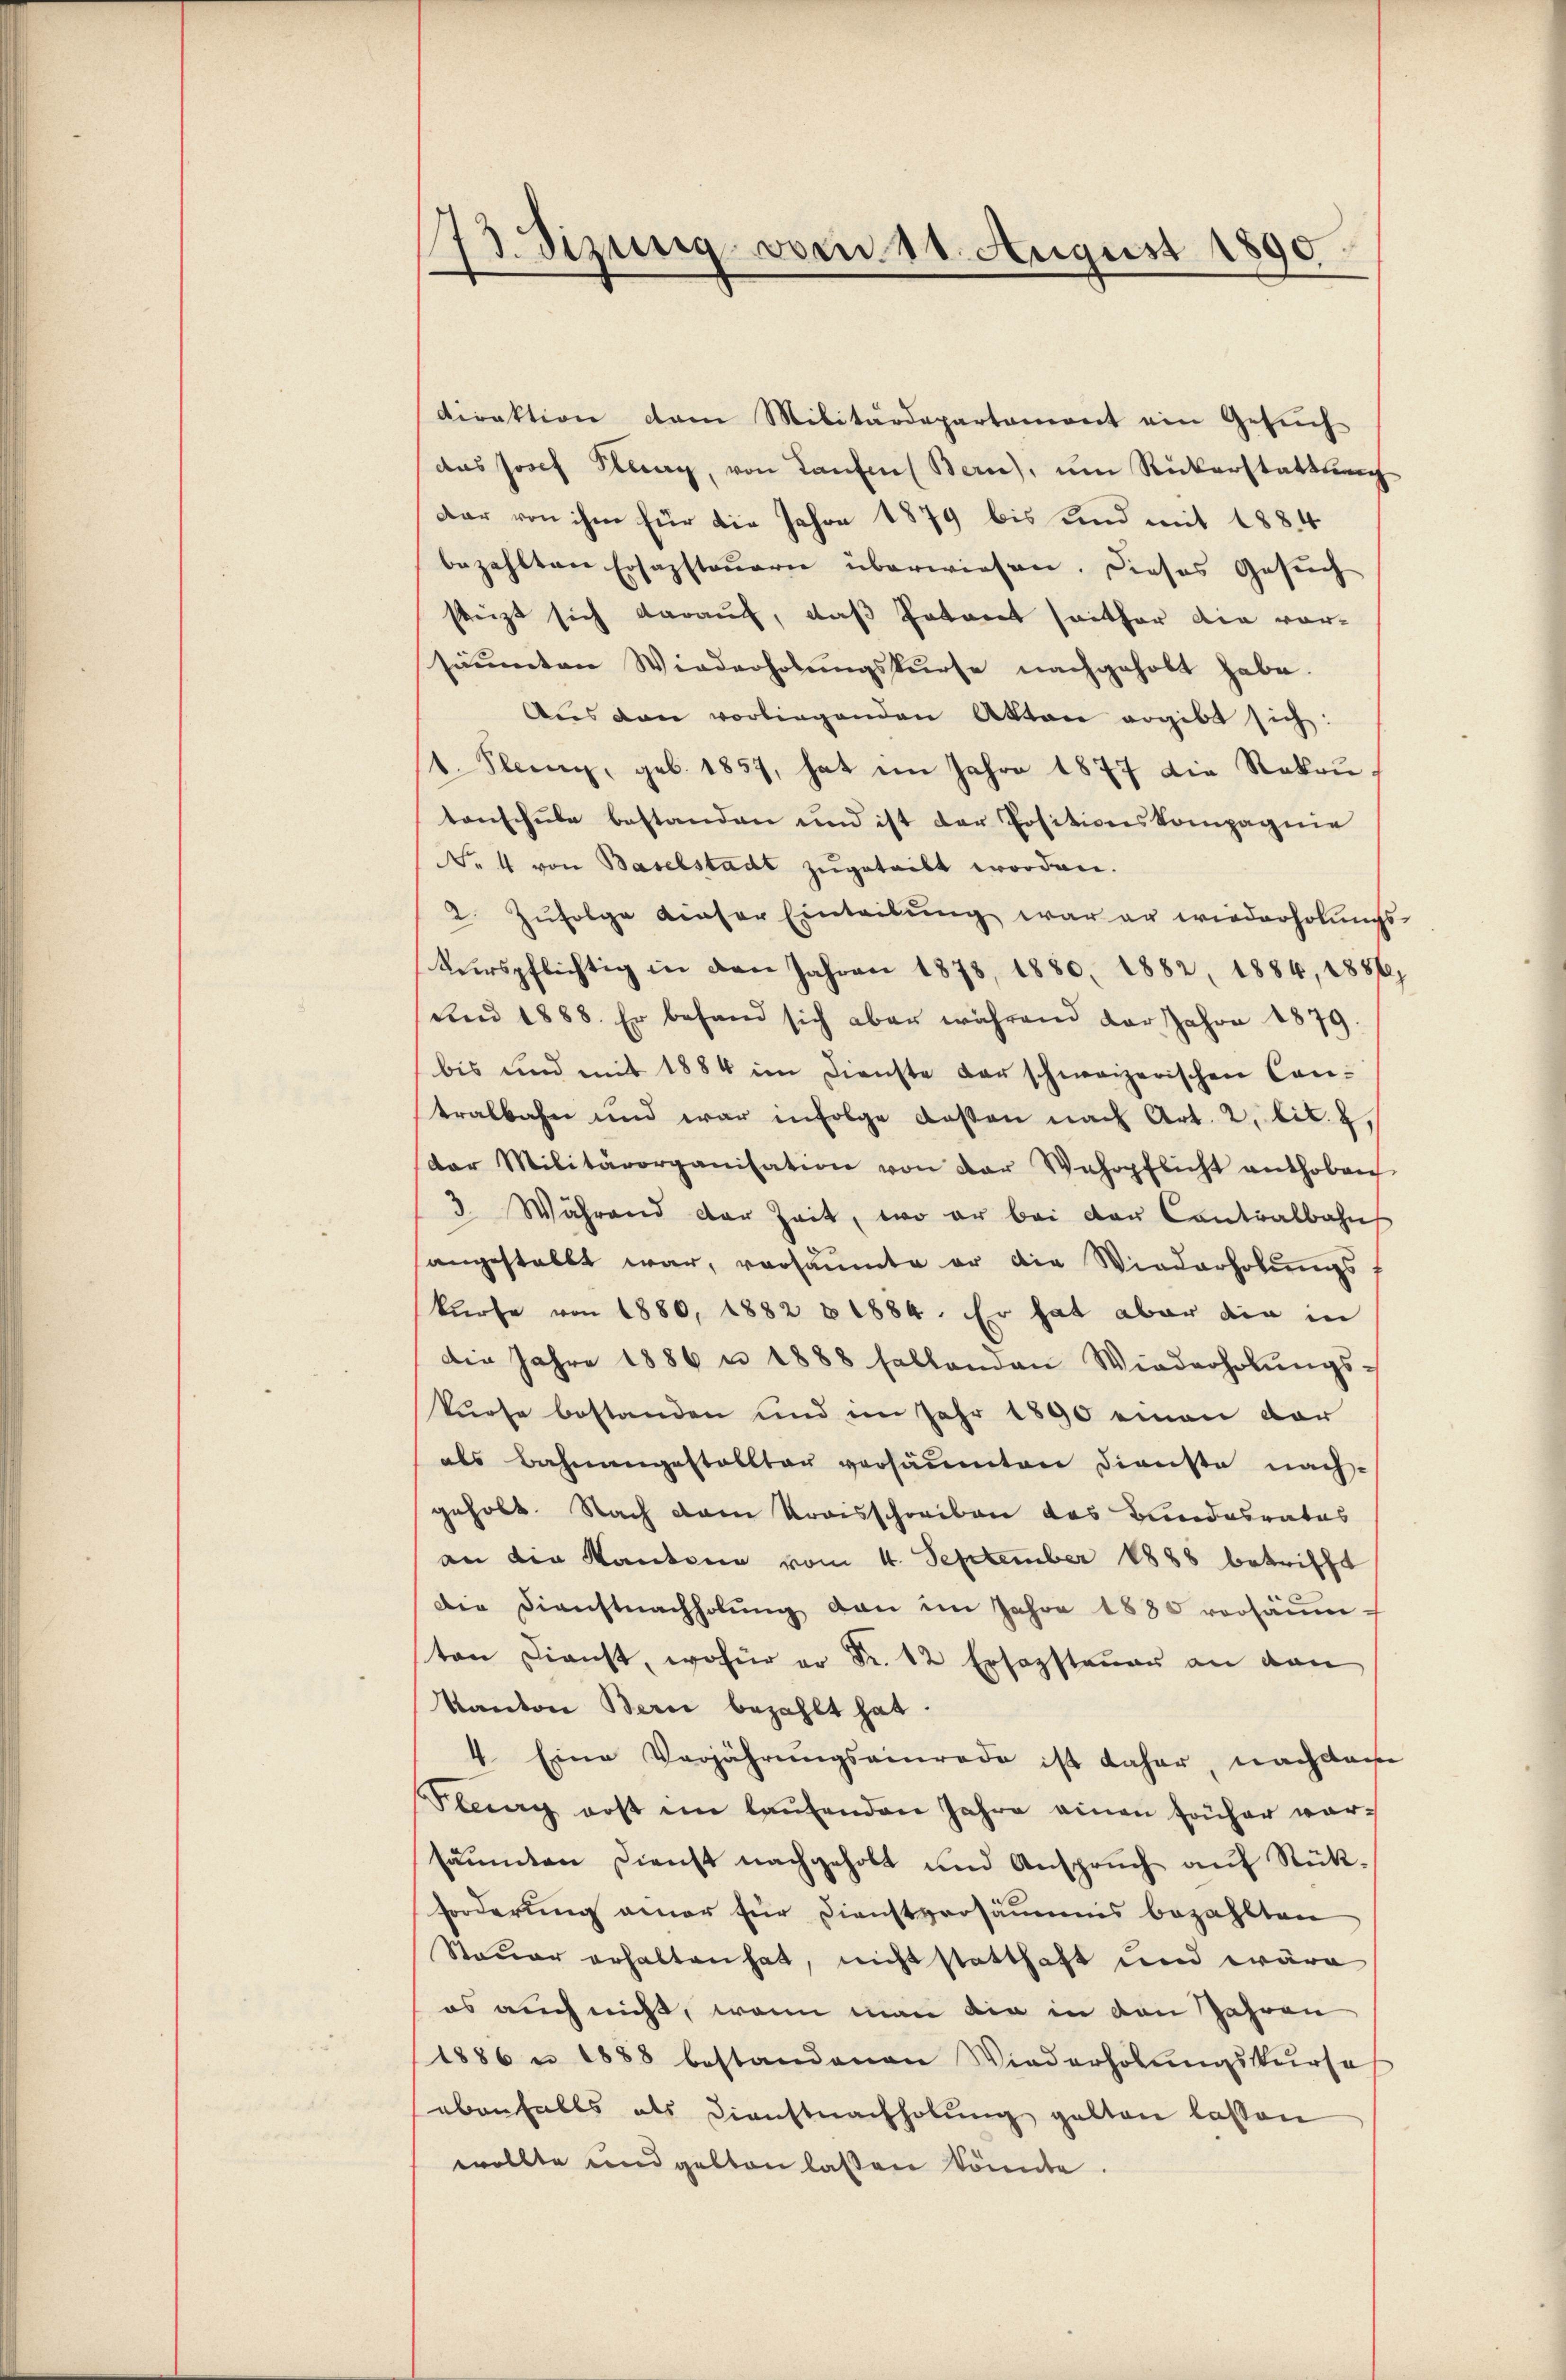
.
73. Dizung vom 11. August 1890.

direktion dem Militärdepartemont ein Gesuch
das Josef Klung, von Laufen Bern), ŭm Rükerstattach
Dar von ihm für die Jahre 1879 bis und mit 1884
bezahlten Ersazsteuern überwiesen. Dieses Gesuch
steigt sich darauf, daß Petent seither die vorsäumten Wiederholungskurse nachgeholt habe.
Aŭs den vorliegenden Akten ergibt sich:
1. Klein, geb. 1857, hat im Jahre 1877 die Rekrutenschule bestanden und ist der Positionskompagnie
NNo. 4 von Baselstadt zugeteilt worden.
2. Zŭfolge dieser Eintribŭng war er wiederholŭngs-
kurspflichtig in den Jahren 1878, 1880. 1882, 1884, 1886,
(und 1888. Er behand sich aber während der Jahre 1879.
bis und mit 1884 im Dienste der schweizerischen Cantralbahn und war infolge dessen nach Art. 2, lit. 2.
dor Militärorganisation von der Wehrpflicht enthoben
3. Während der Zeit, wo er bei der Contralbahn
angestellt war, versäumte er die Wiederholungs
kürfe von 1880, 1882 & 1884. Er hat aber die in
die Jahre 1886 n 1888 fallenden Wiederholŭngs-
kurse bestanden und im Jahr 1890 einen vor
als Bahnangestallten versäumten Dienste nach-
geholt. Nach dann Kraisschreiben das Bundesrates
an die Kantone vom 4. September 1888 betrifft
Die Dienstnachholŭng dan im Jahre 1880 vorsäŭm-
ton Dienst, wofür er Fr. 12 Ersopsteŭer an dan
Kanton Bern bezahlt hat.
4. Eine Verjährungsamerade ist daher nach dasse
Ptung erst im laŭfenden Jahre einen früher ver-
säŭmten Dienst nachgeholt und Ansprŭch aŭf Rück-
forderung anner für Dienstversäumis bezahlten
Steuer erhalten hat, nicht statthaft und wäre
es auch nicht, wenn man die in den Jahren
1886 n 1888 bestandenen Wiederholŭngskurse
ebenfalls als Dienstnachholung gelten lassen
wollte und gelten lassen könnte